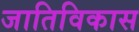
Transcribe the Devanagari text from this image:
जातिविकास